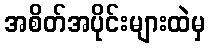
အစိတ်အပိုင်းများထဲမှ